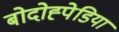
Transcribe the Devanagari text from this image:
बोदोह्पेडिया